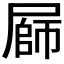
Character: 𭕪